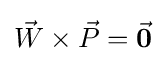
{\vec {W}}\times {\vec {P}}={\vec {\boldsymbol {0}}}